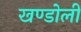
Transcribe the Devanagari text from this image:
खण्डोली